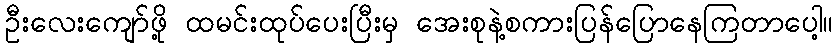
ဦးလေးကျော်ဖို့ ထမင်းထုပ်ပေးပြီးမှ အေးစုနဲ့စကားပြန်ပြောနေကြတာပေါ့။